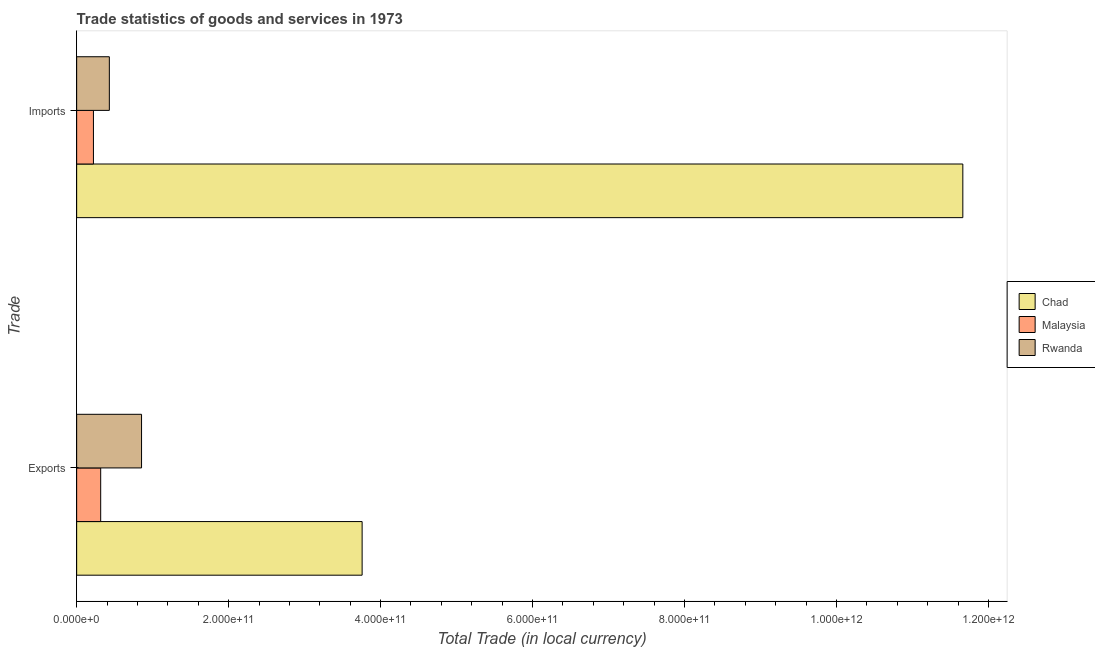
| Trade | Chad | Malaysia | Rwanda |
 | --- | --- | --- | --- |
 | Exports | 3.76e+11 | 3.16e+10 | 8.54e+10 |
 | Imports | 1.17e+12 | 2.21e+10 | 4.3e+10 |